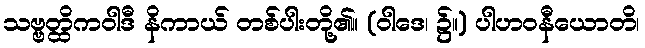
သဗ္ဗတ္ထိကဝါဒီ နိကာယ် တစ်ပါးတို့၏။ (ဝါဒေ၊ ၌။) ပါဟဝနီယောတိ၊